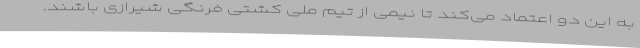
به این دو اعتماد می‌کند تا نیمی از تیم ملی کشتی فرنگی شیرازی باشند.